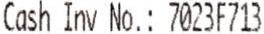
CASH INV NO.: 7023F713